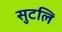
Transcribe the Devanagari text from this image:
सुटलि